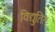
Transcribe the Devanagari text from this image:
विद्युतित